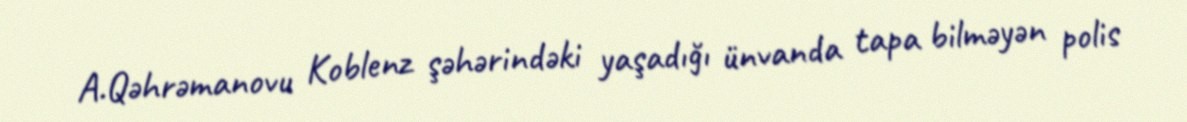
A.Qəhrəmanovu Koblenz şəhərindəki yaşadığı ünvanda tapa bilməyən polis